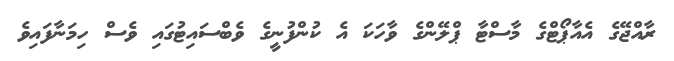
ރާއްޖޭގެ އެއާޕޯޓްގެ މާސްޓާ ޕްލޭންގެ ވާހަކަ އެ ކުންފުނީގެ ވެބްސައިޓުގައި ވެސް ހިމަނާފައިވެ